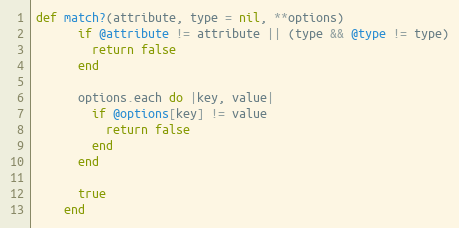
Language: Ruby
def match?(attribute, type = nil, **options)
      if @attribute != attribute || (type && @type != type)
        return false
      end

      options.each do |key, value|
        if @options[key] != value
          return false
        end
      end

      true
    end